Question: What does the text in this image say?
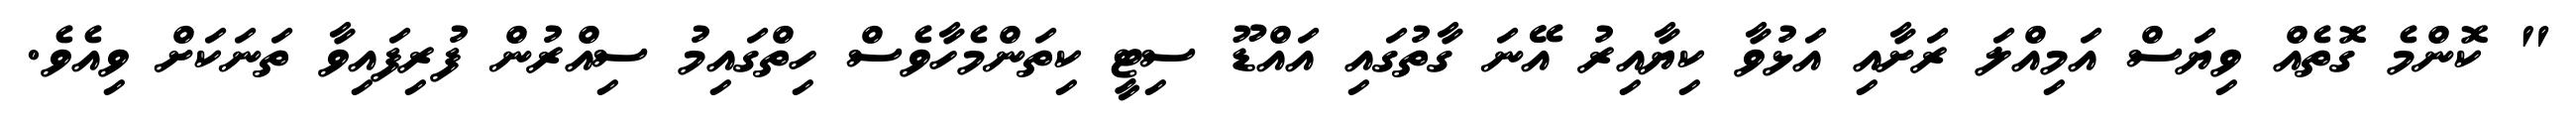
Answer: " ކޮންމެ ގޮތެއް ވިޔަސް އަމިއްލަ ރަށާއި އަޅުވާ ކިޔާއިރު އޭނަ ގާތުގައި އައްޑޫ ސިޓީ ކިތަންމެހާވެސް ހިތްގައިމު ސިއްރުން ފުރިފައިވާ ތަނަކަށް ވިއެވެ.